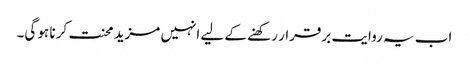
اب یہ روایت برقرار رکھنے کے لیے انہیں مزید محنت کرنا ہو گی۔